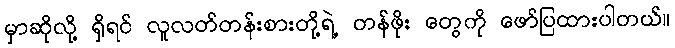
မှာဆိုလို့ ရှိရင် လူလတ်တန်းစားတို့ရဲ့ တန်ဖိုး တွေကို ဖော်ပြထားပါတယ်။